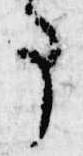
事